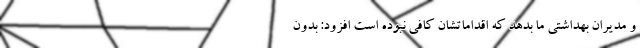
و مدیران بهداشتی ما بدهد که اقداماتشان کافی نبوده است افزود: بدون